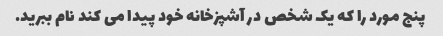
پنج مورد را که یک شخص در آشپزخانه خود پیدا می کند نام ببرید.